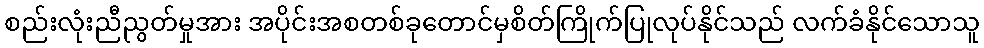
စည်းလုံးညီညွတ်မှုအား အပိုင်းအစတစ်ခုတောင်မှစိတ်ကြိုက်ပြုလုပ်နိုင်သည် လက်ခံနိုင်သောသူ